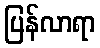
ပြန်လာရာ